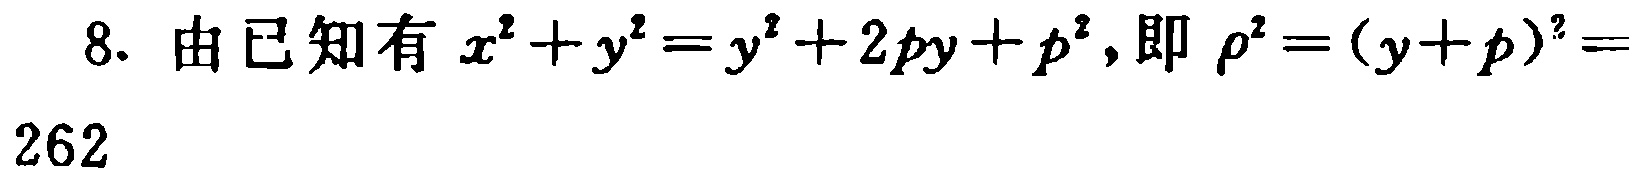
8. 由已知有 \(x^{2}+y^{2}=y^{2}+2py + p^{2}\)，即 \(\rho^{2}=(y + p)^{2}=\)

262